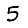
Digit: 5